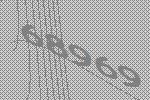
68969